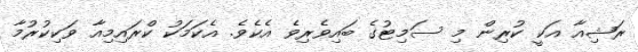
ރަޝިއާ އަކީ ކުރިން މި ސަމިޓުގެ ބައިވެރިވެ އެކެވެ. އެކަމަކު ކްރައިމިއާ ވަކިކުރުމާ